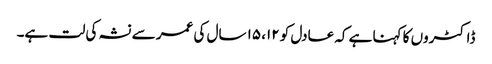
ڈاکٹروں کا کہنا ہے کہ عادل کو ۱۲، ۱۵ سال کی عمر سے نشہ کی لت ہے۔